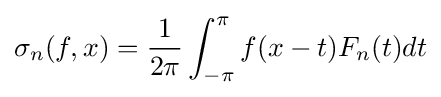
\sigma _{n}(f,x)={\frac {1}{2\pi }}\int _{-\pi }^{\pi }f(x-t)F_{n}(t)dt